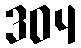
304